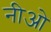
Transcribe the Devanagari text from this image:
नीओ